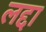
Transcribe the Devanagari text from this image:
लद्दा